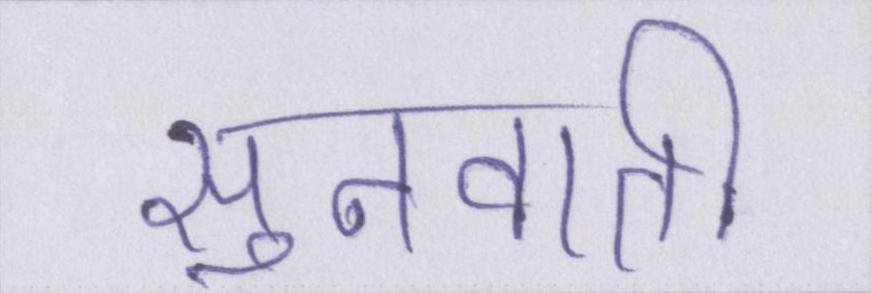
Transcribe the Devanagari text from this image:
सुनवाती